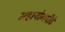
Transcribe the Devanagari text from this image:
महायोगपीठे